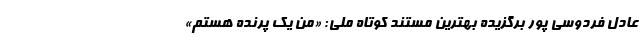
عادل فردوسی پور برگزیده بهترین مستند کوتاه ملی: «من یک پرنده هستم»